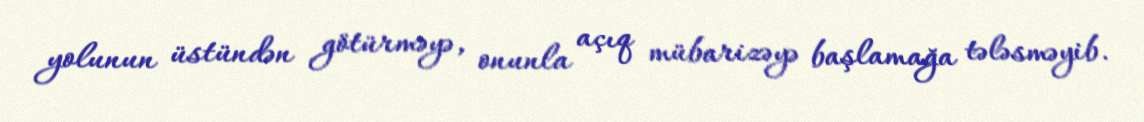
yolunun üstündən götürməyə, onunla açıq mübarizəyə başlamağa tələsməyib.